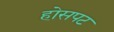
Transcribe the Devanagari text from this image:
होसपट